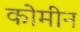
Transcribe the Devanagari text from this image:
कोमीन